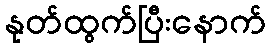
နုတ်ထွက်ပြီးနောက်